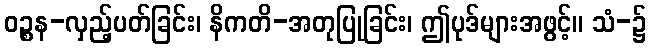
ဝဉ္စန-လှည့်ပတ်ခြင်း၊ နိကတိ-အတုပြုခြင်း၊ ဤပုဒ်များအဖွင့်။ သံ-၌